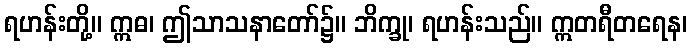
ရဟန်းတို့။ ဣဓ၊ ဤသာသနာတော်၌။ ဘိက္ခု၊ ရဟန်းသည်။ ဣတရီတရေန၊